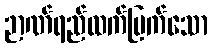
ဉာဏ်ရည်ထက်မြက်သော